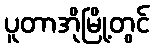
ပူတာအိုမြို့တွင်